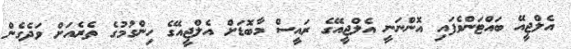
އެލްޖީއޭ ބައްޓަންވެފައި އޮންނަނީ އެލްޖީއޭގެ ރައީސް މާބޮޑަށް އެލްޖީއޭގެ ހިންގުމުގެ ތެރެއަށް ވަދެގެން